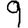
Digit: 9